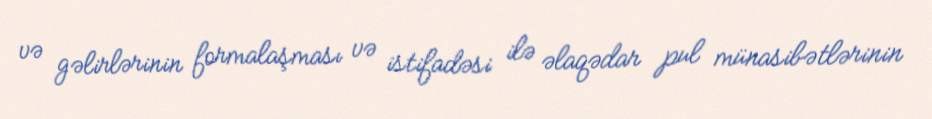
və gəlirlərinin formalaşması və istifadəsi ilə əlaqədar pul münasibətlərinin